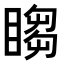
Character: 𬑡